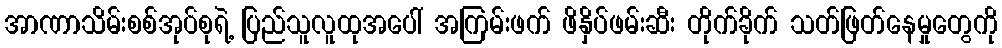
အာဏာသိမ်းစစ်အုပ်စုရဲ့ ပြည်သူလူထုအပေါ် အကြမ်းဖက် ဖိနှိပ်ဖမ်းဆီး တိုက်ခိုက် သတ်ဖြတ်နေမှုတွေကို